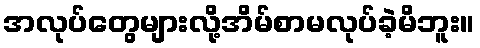
အလုပ်တွေများလို့အိမ်စာမလုပ်ခဲ့မိဘူး။